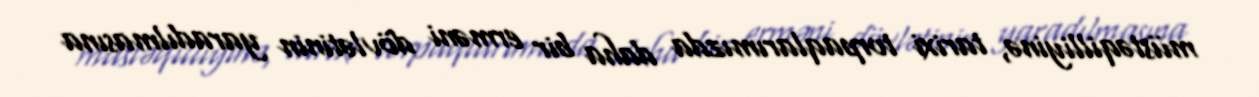
müstəqilliyinə, tarixi torpaqlarımızda daha bir erməni dövlətinin yaradılmasına